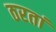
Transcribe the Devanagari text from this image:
ठरतां